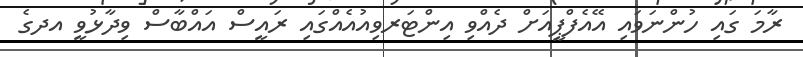
ރާމަ ގައި ހުންނަވައި އޭއެފްޕީއަށް ދެއްވި އިންޓަރވިއުއެއްގައި ރައީސް އައްބާސް ވިދާޅުވީ އދގެ